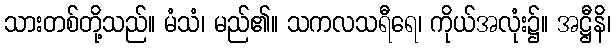
သားတစ်တို့သည်။ မံသံ၊ မည်၏။ သကလသရီရေ၊ ကိုယ်အလုံး၌။ အဋ္ဌီနိ၊